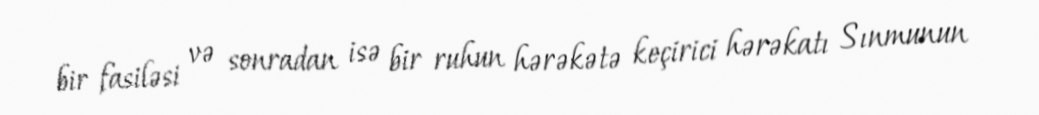
bir fasiləsi və sonradan isə bir ruhun hərəkətə keçirici hərəkatı Sınmunun